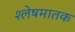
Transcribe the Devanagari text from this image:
श्लेषमातक